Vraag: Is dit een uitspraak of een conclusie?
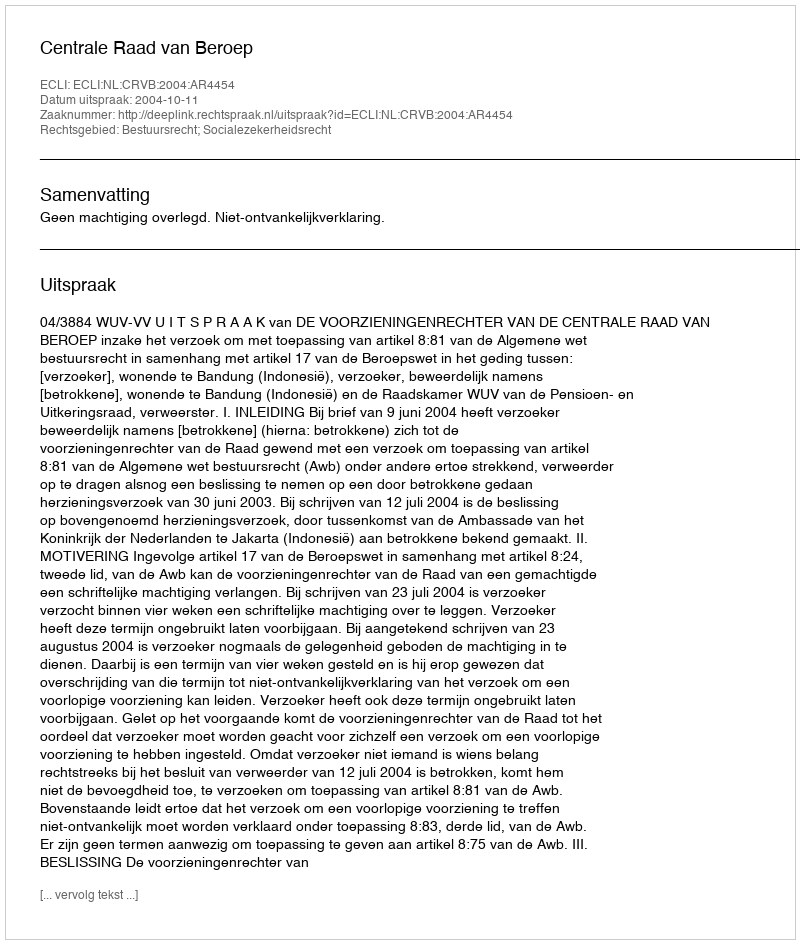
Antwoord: Uitspraak